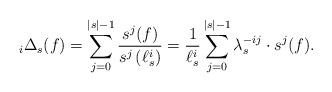
LaTeX: \begin{align*}{_i\Delta_s}(f)=\sum_{j=0}^{|s|-1}\frac{s^j(f)}{s^j\left(\ell^i_s\right)}=\frac{1}{\ell_s^i}\sum_{j=0}^{|s|-1}\lambda_s^{-ij}\cdot s^j(f).\end{align*}